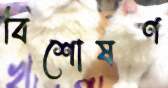
বিশোষণ